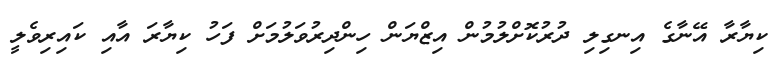
ކިޔާރާ އޭނާގެ އިނގިލި ދުރުކޮށްލުމުން އިޒްޔަން ހިންދިރުވަލުމަށް ފަހު ކިޔާރަ އާއި ކައިރިވެލީ